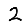
Digit: 2